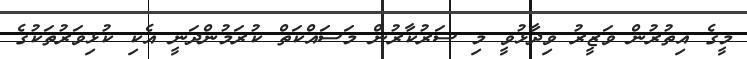
މީގެ އިތުރުން ވަޒީރު ވިދާޅުވީ މި ސަރުކާރުން މަސައްކަތް ކުރަމުންދަނީ އެކި ކުޅިވަރުތަކުގެ